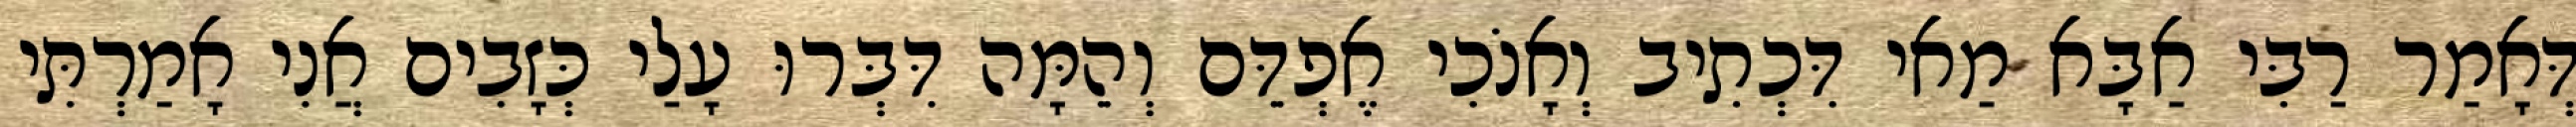
דְּאָמַר רַבִּי אַבָּא מַאי דִּכְתִיב וְאָנֹכִי אֶפְדֵּם וְהֵמָּה דִּבְּרוּ עָלַי כְּזָבִים אֲנִי אָמַרְתִּי